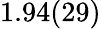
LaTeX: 1.94(29)